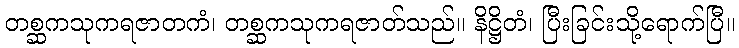
တစ္ဆကသုကရဇာတကံ၊ တစ္ဆကသုကရဇာတ်သည်။ နိဋ္ဌိတံ၊ ပြီးခြင်းသို့ရောက်ပြီ။